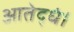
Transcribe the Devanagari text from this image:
आतेद्धं।